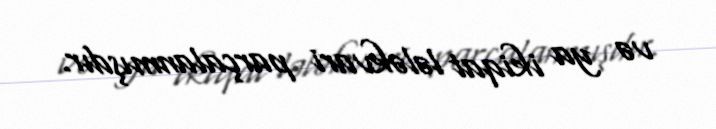
və ya ikiqat lələkvari parçalanmışdır.